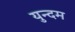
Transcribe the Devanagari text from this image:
युन्दम